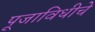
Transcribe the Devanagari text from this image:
पूजाविधीचे